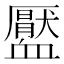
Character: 𧗖